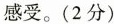
感受。(2分)